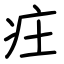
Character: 㽵